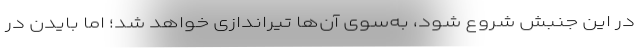
در این جنبش شروع شود، به‌سوی آن‌ها تیراندازی خواهد شد؛ اما بایدن در